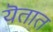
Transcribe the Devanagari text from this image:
यॆतात